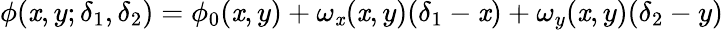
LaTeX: {\phi}(\mathit{x},y;{\delta}_{1},{\delta}_{2})={\phi}_{0}(\mathit{x},y)+{\omega}_{\mathit{x}}(\mathit{x},y)({\delta}_{1}-\mathit{x})+{\omega}_{y}(\mathit{x},y)({\delta}_{2}-y)